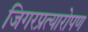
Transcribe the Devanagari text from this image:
जिगरप्रत्यारोपण